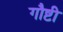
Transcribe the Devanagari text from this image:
गौष्टी